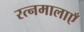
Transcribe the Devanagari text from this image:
रत्नमालाएँ